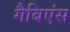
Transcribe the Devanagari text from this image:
गैबिएंस